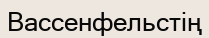
Вассенфельстің